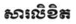
សារលិខិត